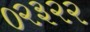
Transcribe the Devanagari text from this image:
०२३२२